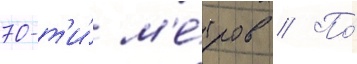
70-т'и́ м'е́тров // По́